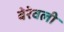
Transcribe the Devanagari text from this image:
बेरेवली